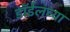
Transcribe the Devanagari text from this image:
डाॅईलच्या